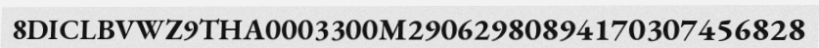
8DICLBVWZ9THA0003300M29062980894170307456828